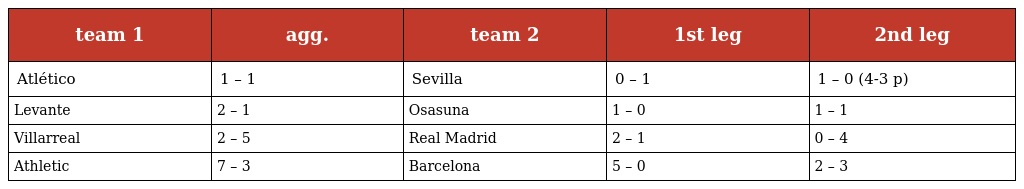
| team 1 | agg. | team 2 | 1st leg | 2nd leg |
 | --- | --- | --- | --- | --- |
 | Atlético | 1 – 1 | Sevilla | 0 – 1 | 1 – 0 (4-3 p) |
 | Levante | 2 – 1 | Osasuna | 1 – 0 | 1 – 1 |
 | Villarreal | 2 – 5 | Real Madrid | 2 – 1 | 0 – 4 |
 | Athletic | 7 – 3 | Barcelona | 5 – 0 | 2 – 3 |